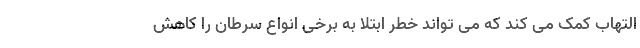
التهاب کمک می کند که می تواند خطر ابتلا به برخی انواع سرطان را کاهش